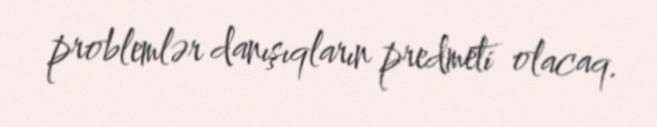
problemlər danışıqların predmeti olacaq.